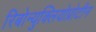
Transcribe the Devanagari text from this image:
रिबोन्युक्लियोप्रोटीन